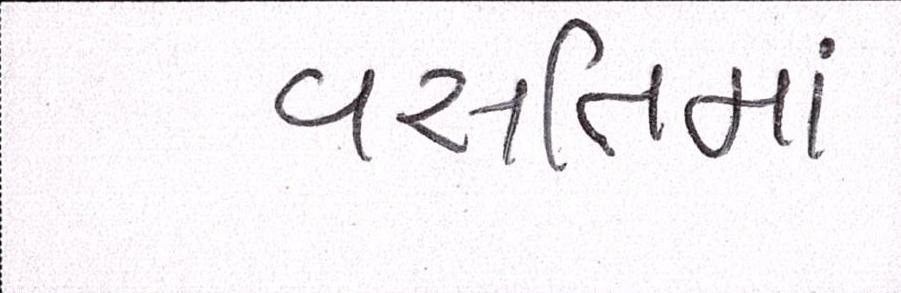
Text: વસતિમાં